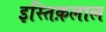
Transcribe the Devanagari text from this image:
इस्तिक़लाल